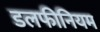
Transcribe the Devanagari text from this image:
डलफीनियम